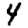
Digit: 4